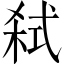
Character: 弑